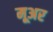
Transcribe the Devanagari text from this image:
मूअर